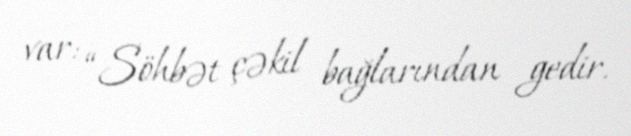
var: “Söhbət çəkil bağlarından gedir.